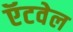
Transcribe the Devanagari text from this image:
ऍटवेल